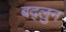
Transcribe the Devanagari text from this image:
बद्लुन